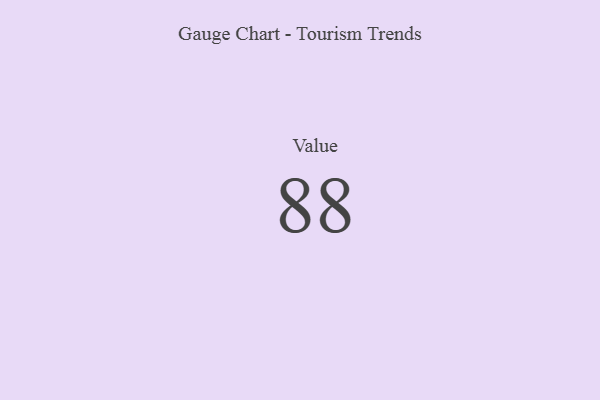
{"axis": {"x": "Metric", "y": "Value"}, "legend": [""], "data": [{"x": "Value", "y": 88, "type": ""}]}